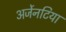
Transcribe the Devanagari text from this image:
अर्जेनटिया